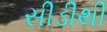
સીડીથી